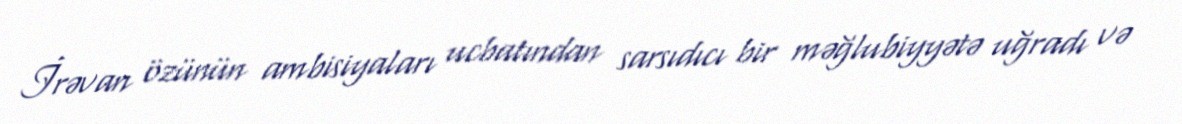
İrəvan özünün ambisiyaları ucbatından sarsıdıcı bir məğlubiyyətə uğradı və